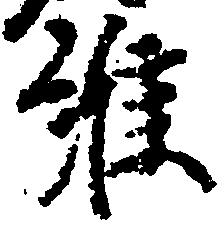
維